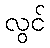
လွင်